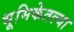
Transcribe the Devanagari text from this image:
भूमिकेतल्या